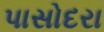
પાસોદરા